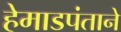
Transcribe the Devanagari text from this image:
हेमाडपंताने